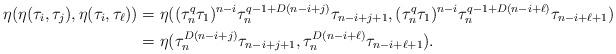
LaTeX: \begin{align*}\eta(\eta(\tau_i, \tau_j), \eta(\tau_i, \tau_\ell))&=\eta((\tau_n^q\tau_1)^{n-i}\tau_n^{q-1+D(n-i+j)}\tau_{n-i+j+1},(\tau_n^q\tau_1)^{n-i}\tau_n^{q-1+D(n-i+\ell)}\tau_{n-i+\ell+1})\\ &=\eta(\tau_n^{D(n-i+j)}\tau_{n-i+j+1},\tau_n^{D(n-i+\ell)}\tau_{n-i+\ell+1}).\end{align*}